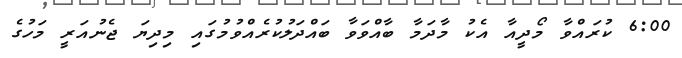
6:00 ކުރައްވާ މޯދީއާ އެކު މާދަމާ ބާއްވަވާ ބައްދަލުކުރެއްވުމުގައި މިދިޔަ ޖެނުއަރީ މަހުގެ